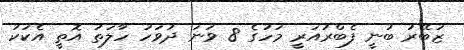
ޒުބޭރު ބުނީ ފެބްރުއަރީ މަހުގެ 8 ވަނަ ދުވަހު ހާލަތު އޮތީ އެކަކު